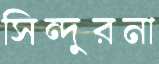
সিন্দুরনা